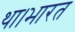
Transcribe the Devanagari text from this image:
था।भारत